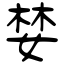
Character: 婪